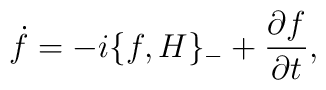
\dot f=-i\{f,H\}_{-}+{{\partial  f}\over{\partial  t}},